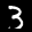
Label: 3